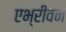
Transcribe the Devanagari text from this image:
एभ्रीवन